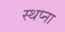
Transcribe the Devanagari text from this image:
स्थप्ना